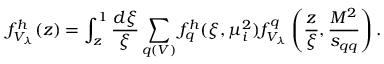
f _ { V _ { \lambda } } ^ { h } ( z ) = \int _ { z } ^ { 1 } \frac { d \xi } { \xi } \sum _ { q ( V ) } f _ { q } ^ { h } ( \xi , \mu _ { i } ^ { 2 } ) f _ { V _ { \lambda } } ^ { q } \left( \frac { z } { \xi } , \frac { M ^ { 2 } } { s _ { q q } } \right) .